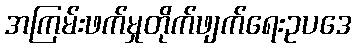
အကြမ်းဖက်မှုတိုက်ဖျက်ရေးဥပဒေ